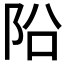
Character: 𨸮